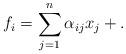
LaTeX: \begin{align*}f_i = \sum_{j=1}^n \alpha_{i j } x_j + .\end{align*}